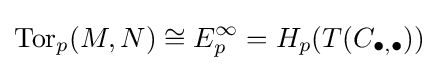
\operatorname {Tor} _{p}(M,N)\cong E_{p}^{\infty }=H_{p}(T(C_{\bullet ,\bullet }))